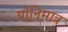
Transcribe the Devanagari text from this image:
योनिमात्र